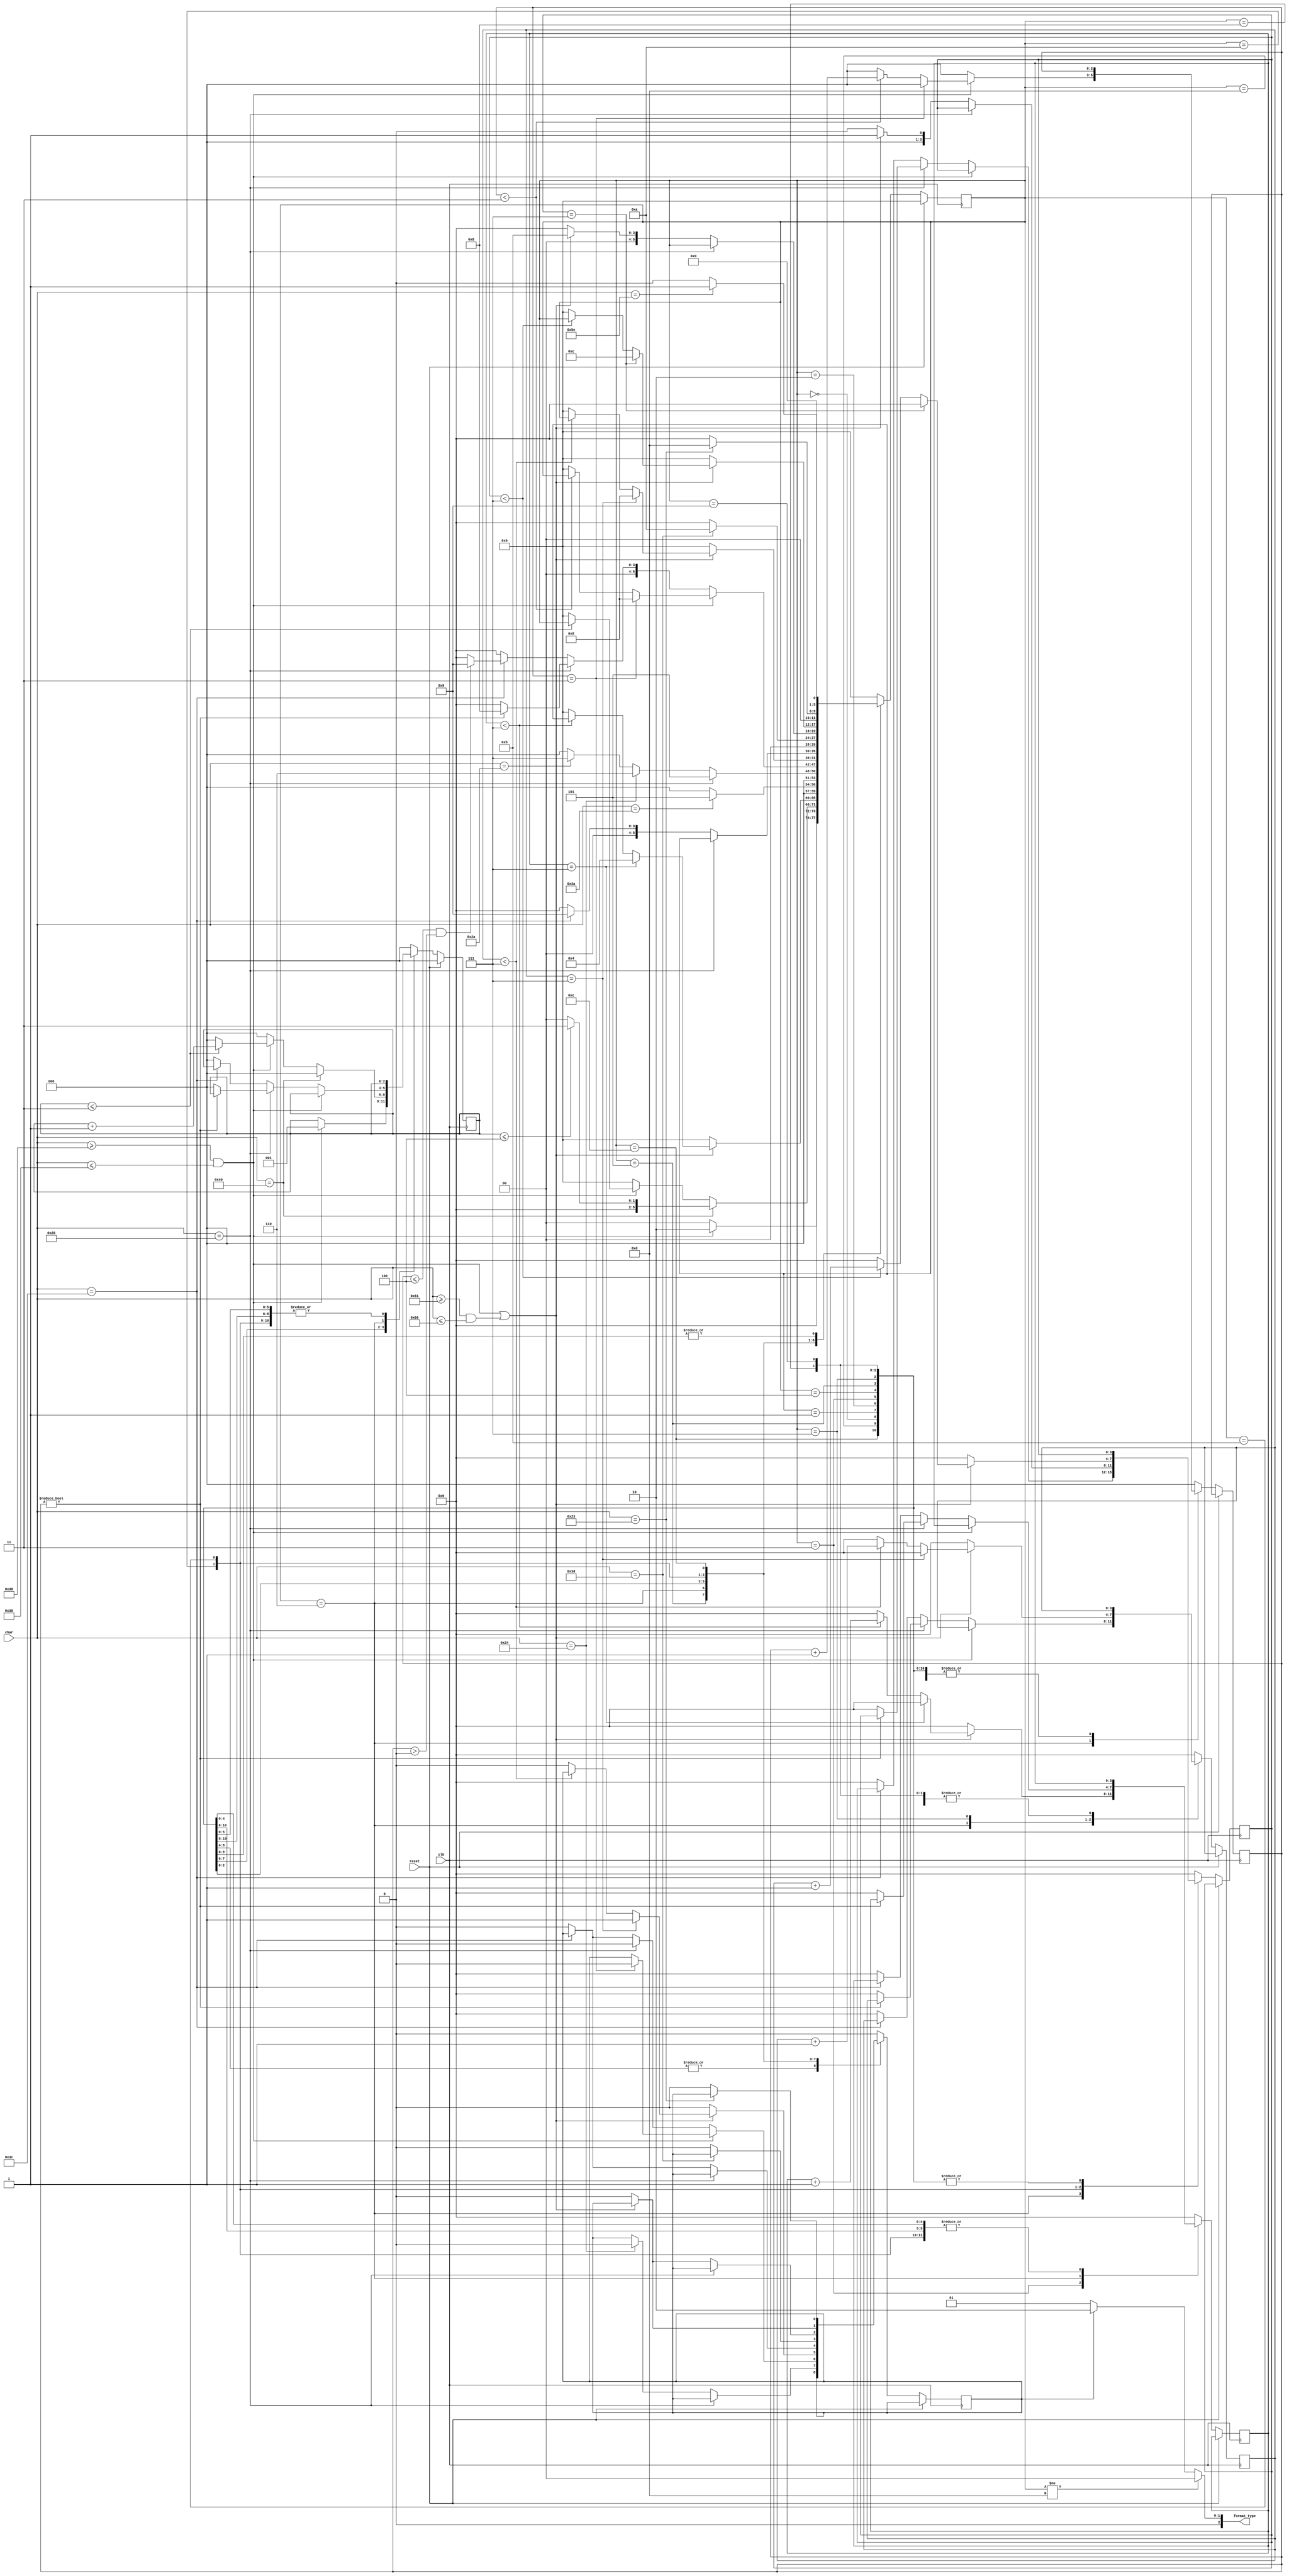
`timescale 1ns / 1ps
//////////////////////////////////////////////////////////////////////////////////
// Company: 
// Engineer: 
// 
// Design Name: 
// Module Name:    cpu_checker 
// Project Name: 
// Target Devices: 
// Tool versions: 
// Description: 
//
// Dependencies: 
//
// Revision: 
// Revision 0.01 - File Created
// Additional Comments: 
//
//////////////////////////////////////////////////////////////////////////////////
`define S0  5'b0000
`define S1  5'b0001
`define S2  5'b0010
`define S3  5'b0011
`define S4  5'b0100
`define S5  5'b0101
`define S6  5'b0110
`define S7  5'b0111
`define S8  5'b1000
`define S9  5'b1001
`define S10 5'b1010
`define S11 5'b1011
`define S12 5'b1100
`define S13 5'b1101
`define S14 5'b1110

module cpu_checker(
    input clk,
    input reset,
    input [7:0] char,
    output [2:0] format_type
    );
reg[5:0] status;
reg[2:0] ct_tm;//1~4
reg[3:0] ct_pc;//8 hex
reg[2:0] ct_grf;//1~4
reg[3:0] ct_addr;//8 hex
reg[3:0] ct_data;//8 hex
reg which;// or 

initial begin
	status = `S0;
	ct_tm = 0;// counter_time
	ct_pc=0;
	ct_grf = 0;
	ct_addr = 0;
	ct_data = 0;
	which = 0;
end

always @(posedge clk) begin
	if(reset == 1) begin
		status <= `S0;
		ct_tm <= 0;
	end		
	else begin
		case(status)

//<'^'><time><'@'><8pc>
//<':'><0>


//<'$'><grf>
//<'*'><8addr>


//<0>
//<'<''='><0><8data><'#'>

		`S0 : begin //match noting
					if(char == "^")
						status <= `S1;
					else
						status <= `S0;
				end	
		`S1 : begin //match "^"
					if ((char >= "0") && (char <= "9")) begin
						status <= `S2;
						ct_tm <= 1;
					end
					else 
						status <= `S0;
				end
		`S2 : begin //match 1~4 decimals
					if(char == "@") begin // @
						if(ct_tm <= 4) begin
							status <= `S3;
							ct_tm <=0;
						end
						else begin
							status <= `S0;
							ct_tm <= 0;
						end
					end
					else if((char >= "0") && (char <= "9")) begin //
								if(ct_tm <= 3)
									ct_tm <= ct_tm +1;
								else begin
									status <= `S0;
									ct_tm <= 0;
								end
							end
					else begin // 
						status <= `S0;
						ct_tm <=0;
					end
				end
		`S3 : begin //matched @ ,target to 8 hex
					if((((char >= "0")&&(char <= "9")) || ((char >= "a") && (char <= "f"))))//16
						if(ct_pc==7) begin
							status <= `S4;
							ct_pc <= 0;
						end
						else if (ct_pc <7)
							ct_pc <= ct_pc + 1;
						else begin
							status <= `S0;
							ct_pc <= 0;
						end
					else begin
						status <= `S0;
						ct_pc <= 0;
					end
				end
		`S4 : begin//
					if(char == ":")
						status <= `S5;
					else
						status <= `S0;
				end
		`S5 : begin//matched : ,target to which
					if(char == " ")
						status <= `S5;
					else if(char == "$") begin
						status <= `S6;
						which <=0;
					end
					else if(char == "*") begin
						status <= `S7;
					end
					else
						status <= `S0;
				end
		`S6 : begin
					if((char >="0") && (char <= "9"))//
						if (ct_grf == 3) begin
							status <= `S8;
							ct_grf <= 0;
							which <= 0;
						end
						else if(ct_grf < 3)
							ct_grf <= ct_grf + 1;
						else begin
							status <= `S0;
							ct_grf <= 0;
						end
					else if (char == " ")//
						if (ct_grf != 0) begin//
							status <= `S8;
							which <= 0;
							ct_grf <= 0;
						end
						else begin //
							status <= `S0;
							which <=0;
							ct_tm <= 0;
							ct_pc <= 0;
							ct_grf <= 0;
							ct_addr <= 0;
							ct_data <= 0;
						end
					else if(char == "<")
						if((ct_grf <= 4) && (ct_grf >0)) begin
							status <= `S9;
							ct_grf <=0;
						end
						else begin
							status <= `S0;
							ct_grf <= 0;
						end
					else begin //   
						status <= `S0;
						ct_grf <= 0;
						which <=0;
						ct_tm <= 0;
						ct_pc <= 0;
						ct_grf <= 0;
						ct_addr <= 0;
						ct_data <= 0;
					end				
				end
		`S7 : begin
					if((((char >= "0")&&(char <= "9")) || ((char >= "a") && (char <= "f")))) begin//
						if(ct_addr == 7) begin//7
							status <= `S8;
							which <= 1;
							ct_addr <= 0;
						end
						else if(ct_addr < 7)//7
							ct_addr <= ct_addr + 1;
						else begin//7
							status <= `S0;
							ct_addr <= 0;
							which <= 0;
						end
					end
					else begin //
						status <= `S0;
						ct_addr <= 0;
						which <= 0;
					end
				end
		`S8 : begin //matched 1~4 decimals or matched 8 hexs, target to "<"
					if(char == " ") begin
					end
					else if (char == "<")
						status <= `S9;
					else begin
						status <= `S0;
						which <=0;
					end
				end
		`S9 : begin 
					if(char == "=")
						status <= `S10;
					else begin
						status <= `S0;
						which <=0;
					end
				end
		`S10 : begin // target to 8 hex
					if(char == " ") begin//
					end
					else if((((char >= "0")&&(char <= "9")) || ((char >= "a") && (char <= "f")))) begin//16
						status <= `S11;
						ct_data <= 1;
					end
					else begin//
						status <= `S0;
						ct_data <= 0;
						which <=0;
					end
				end
		`S11 : begin // 1data
					if((((char >= "0")&&(char <= "9")) || ((char >= "a") && (char <= "f")))) begin//16
						if(ct_data == 7) begin
							status <= `S12;
							ct_data <= 0;
						end
						else if(ct_data < 7) begin
							ct_data <= ct_data +1;
						end
						else begin
							status <= `S0;
							ct_data <= 0;
						end
					end
					else begin
						status <= `S0;
						ct_data <= 0;
						which <=0;
					end
				end
		`S12 : begin //
					if(char == "#")
						status <= `S13;//match
					else begin
						status <= 0;
						which <=0;
					end
				end
		`S13 : begin//matched 
					if(char == "^")//
						status <= `S1;
					else 
						status <= `S0;
					which <=0;
				end
				
		default begin
						status <= `S0;
						which <=0;
						ct_tm <= 0;
						ct_pc <= 0;
						ct_grf <= 0;
						ct_addr <= 0;
						ct_data <= 0;
					end	
		endcase
	end
end
assign format_type = (status != `S13)? 2'b00:
							(which == 0)? 	2'b01:
							(which == 1)?	2'b10:
												2'b00;
endmodule